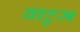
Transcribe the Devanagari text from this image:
बाटुम